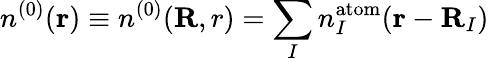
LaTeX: n^{(0)}({\mathbf r})\equiv n^{(0)}({\mathbf R,r})=\sum_{I}n_{I}^{\mathrm{atom}}({\mathbf r}-{\mathbf R}_{I})